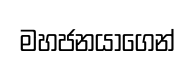
මහජනයාගෙන්